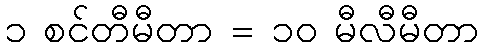
၁ စင်တီမီတာ = ၁၀ မီလီမီတာ